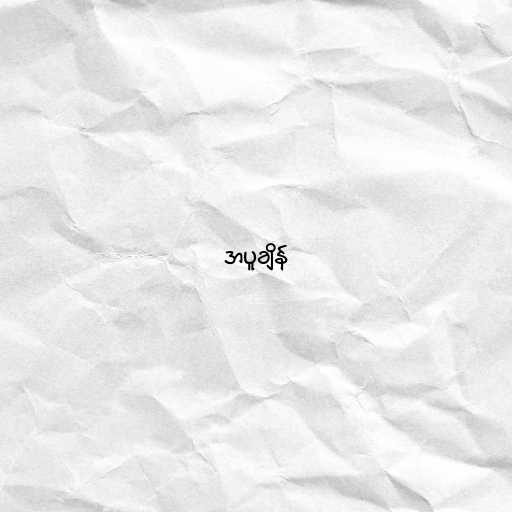
အပူချိန်